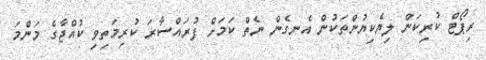
ރިޕޯޓް ކުރިކަން ލިޔެކިޔުންތަކުން އެނގެން ނެތް ކަމަށް ފުރައްސާރަ ކުރިމަތިވި ކުއްޖާގެ މަންމަ